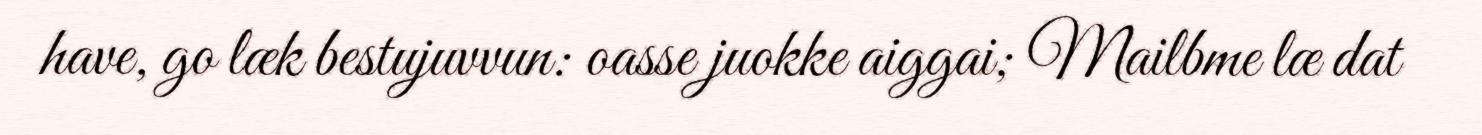
have, go læk bestujuvvun: oasse juokke aiggai; Mailbme læ dat